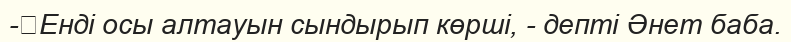
-	Енді осы алтауын сындырып көрші, - депті Әнет баба.